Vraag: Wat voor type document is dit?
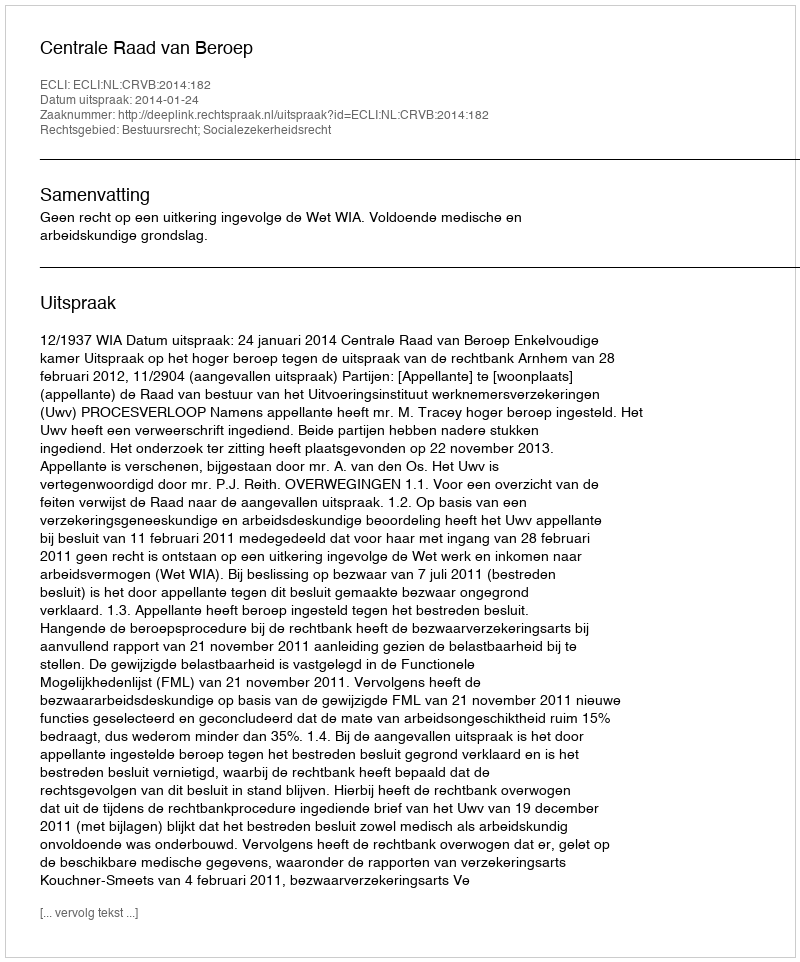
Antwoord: Uitspraak